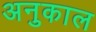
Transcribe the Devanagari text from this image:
अनुकाल